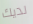
لديك